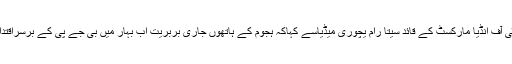
ایک سوال کے جواب میں کمیونسٹ پارٹی آف انڈیا مارکسٹ کے قائد سیتا رام یچوری میڈیاسے کہاکہ ہجوم کے ہاتھوں جاری بربریت اب بہار میں بی جے پی کے برسراقتدار انے کے ساتھ بھی داخل ہوگئی ہے ‘‘۔